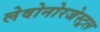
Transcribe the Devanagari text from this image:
लेवोनोरजेस्ट्रल